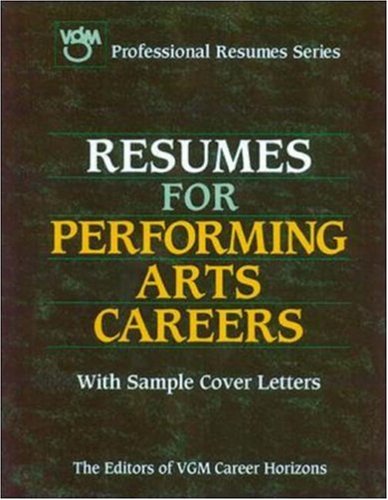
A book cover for Resumes for Performing Arts; Editors of VGM Career Books; Business & Money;